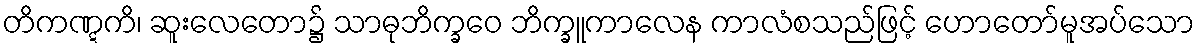
တိကဏ္ဋကိ၊ ဆူးလေတော၌ သာဓုဘိက္ခဝေ ဘိက္ခူကာလေန ကာလံစသည်ဖြင့် ဟောတော်မူအပ်သော